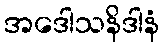
အဒေါသနိဒါနံ